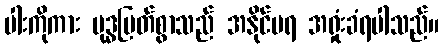
ပါးကိုကား ဗုဒ္ဓမြတ်စွာသည် အနိုင်မရ အရှုံးခံရပါသည်။